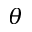
\theta